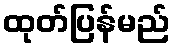
ထုတ်ပြန်မည်